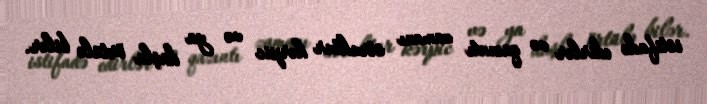
istifadə edirlər və qazıntı zamanı struktur kərpic və ya daşla örtülə bilər.